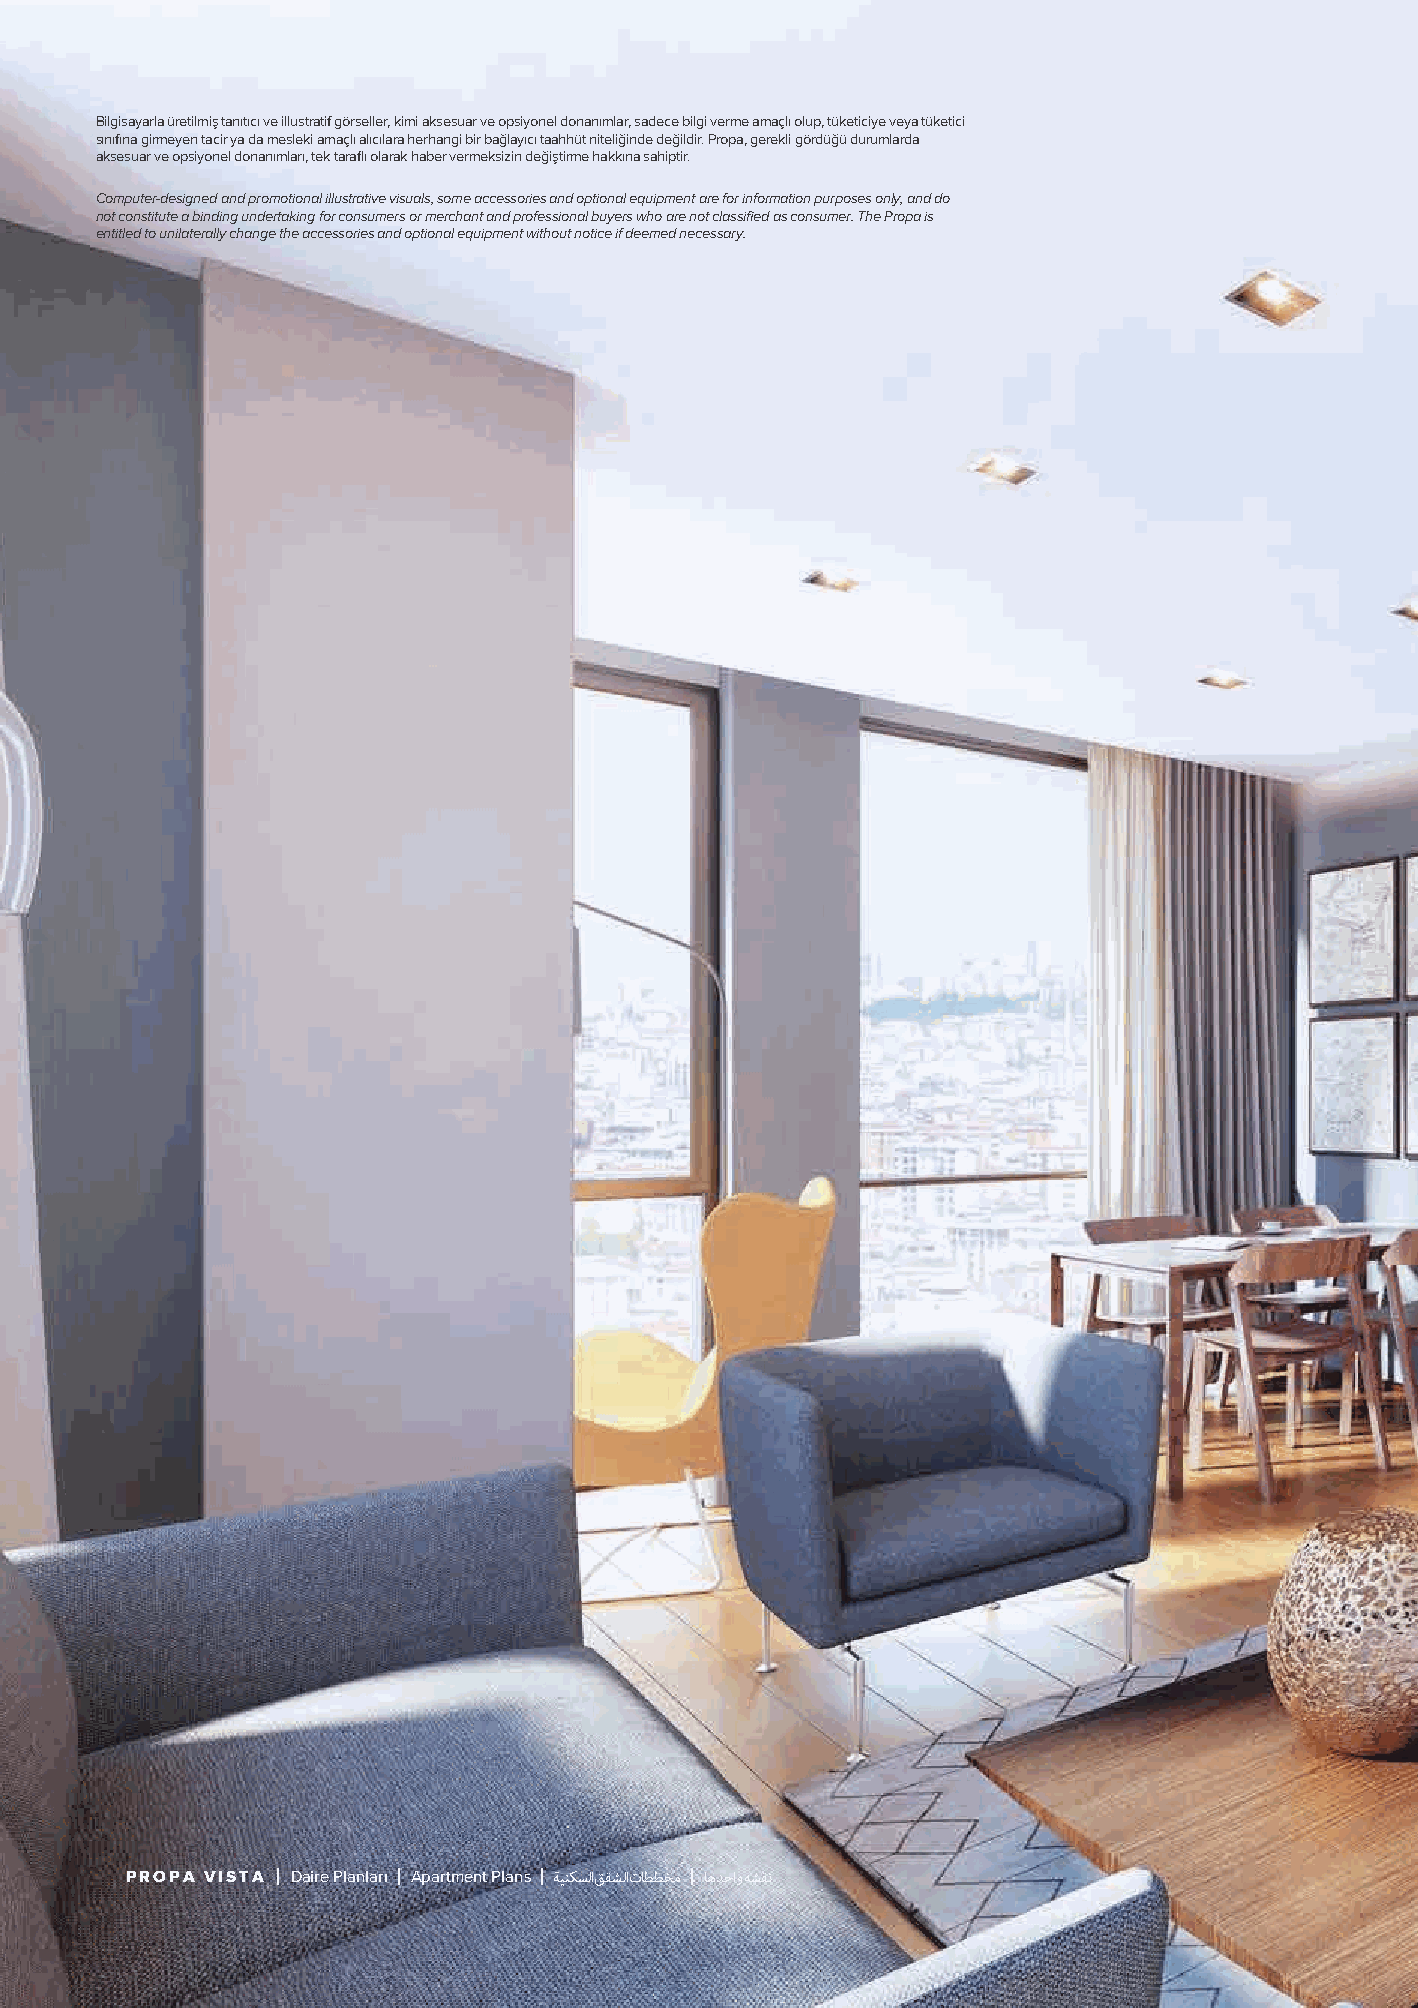
Bilgisayarla üretilmiş tanıtıcı ve illustratif görseller, kimi aksesuar ve opsiyonel donanımlar, sadece bilgi verme amaçlı olup, tüketiciye veya tüketici
 sınıfına girmeyen tacir ya da mesleki amaçlı alıcılara herhangi bir bağlayıcı taahhüt niteliğinde değildir. Propa, gerekli gördüğü durumlarda
 aksesuar ve opsiyonel donanımları, tek taraflı olarak haber vermeksizin değiştirme hakkına sahiptir.
 Computer-designed and promotional illustrative visuals, some accessories and optional equipment are for information purposes only, and do
 not constitute a binding undertaking for consumers or merchant and professional buyers who are not classified as consumer. The Propa is
 entitled to unilaterally change the accessories and optional equipment without notice if deemed necessary.
 PROPA VISTA Daire Planları Apartment Plans ﺔﻴﻨﻜﺴﻟ اﻖﻘﺸﻟ اتﺎﻄﻄﺨﻣ ﺎﻫﺪﺣاو ﻪﺸﻘﻧ